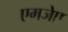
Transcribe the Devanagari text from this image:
एमजेए